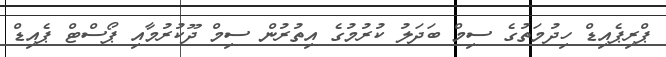
ޕްރިޕެއިޑް ހިދުމަތުގެ ސިމް ބަދަލު ކުރުމުގެ އިތުރުން ސިމް ދޫކުރުމާއި ޕޯސްޓް ޕެއިޑް